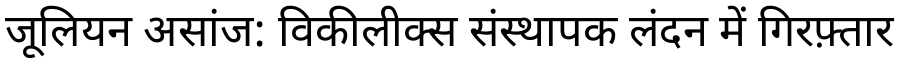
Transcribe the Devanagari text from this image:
जूलियन असांज: विकीलीक्स संस्थापक लंदन में गिरफ़्तार